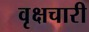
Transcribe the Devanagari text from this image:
वृक्षचारी